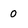
Character: 0